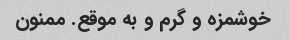
خوشمزه و گرم و به موقع. ممنون